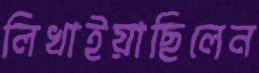
লিখাইয়াছিলেন